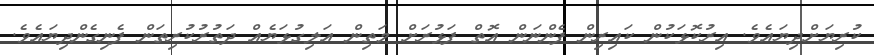
ކުރިޔަށްދިޔައެވެ. އިރުކޮޅަކުން ކައިރިން ފެންނަން އޮތް ފަޅުރަށް މަތިން އަލިގުޅަޔެއް ދަތުރުކުރިތަން ފެނިގެންދިޔައެވެ.